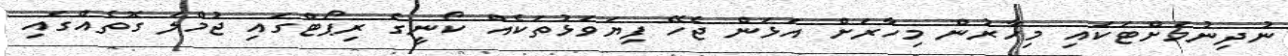
ނުދިނުމަށްޓަކައި މިހާރުން މިހާރަށް އަޅަން ޖެހޭ ފިޔަވަޅުތަކެއް ކޯނީގެ ރިޕޯޓްގައި ޖުމްލަ ގޮތެއްގައި